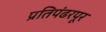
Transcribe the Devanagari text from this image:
प्रतिपंढरपूर